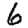
Digit: 6